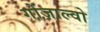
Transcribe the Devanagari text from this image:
गोंज़ाल्वो